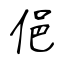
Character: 俋